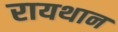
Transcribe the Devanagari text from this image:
रायथान